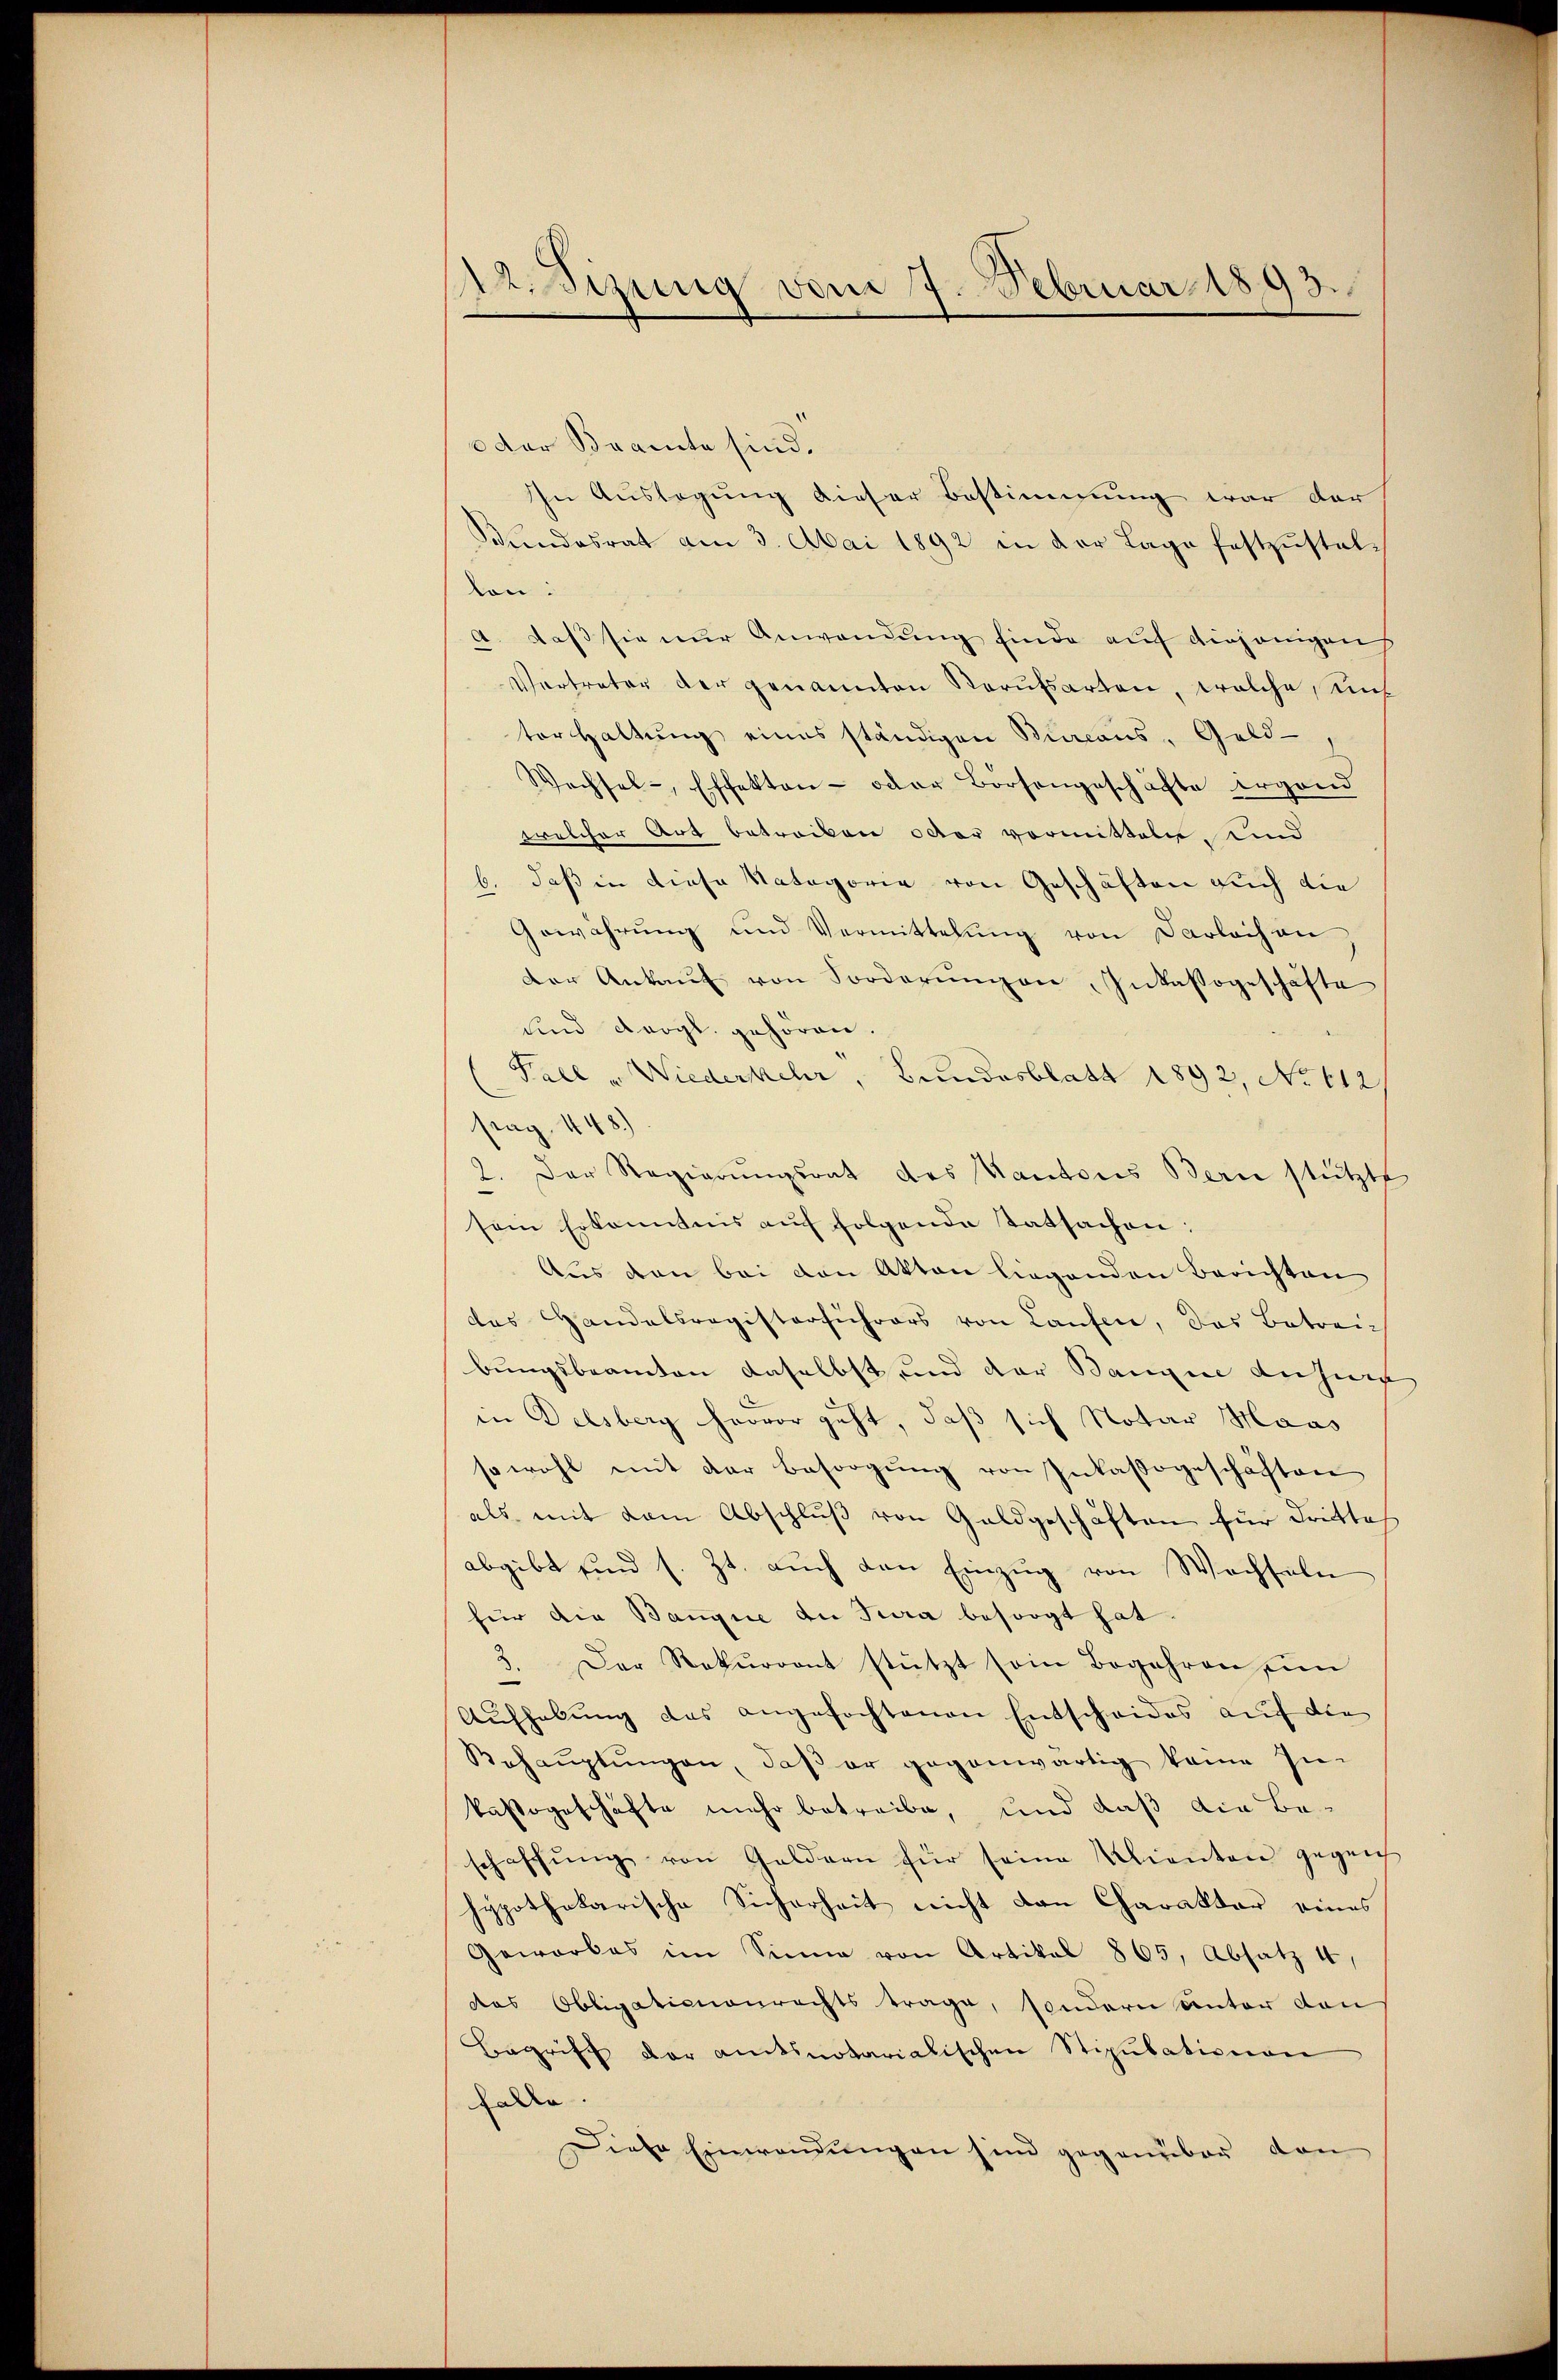
122. Sizung vom 7. Februar 1893.

0 der Bramte sind.
In Auslegung dieser Bestimmung war der
Stundesrat am 3. Mai 1892 in der Lage festzustellon:
A. daß sie nur Anwendung finde auf diejenigen
Vertreter der genannten Berufsarten, welche, Kuh
ter haltŭng eines ständigen Burcans, Geld-
Wechsel-, Effekten - oder Börsengeschäfte irgend
welcher Art betrocken oder vormitteln, und
b. daß in diese Kategorie von Geschäften auch die
Gewährung und Vermittelung von Darleihen
der Ankaŭf von Forderŭngen Inkassogeschäfte
und dergl. gehören.
Fall u Wiederkehr, Bundesblatt 1892, No 612
frag. 448.)
2. Der Regierŭngsrat des Kantons Bern stützte
sein Erkanntnis auf folgende tatsachen:
Aus den bei den Akten liegenden Berichten
das Handelsregisterfuhrers von Laufene, das Betreibungsbeamten daselbst und der Bangin Kuhner
in Delsberg hervor geht, daß sich Notar Maas
sowohl mit der Besorgŭng von Inkassageschäften
als mit dem Abschluß von Goldgeschäften für dritte
abgibt sind s. Zt. auch den Einzug von Wechseln
für die Banque du Jura besorgt hat.
3. Der Rekurront stützt sein Begehren ein
Aŭfhebung des angefochtenen Entscheides auf die
Behaŭptŭngen, daβ er gegenwärtig keine In-
kastogeschäfte mehr betreibe, und daß die Beschaffŭng von Geldern für seine Klienten gegen
hypothekarische Sicherheit nicht den Charakter eines
Geworbes im Sinne von Artikel 865, Absatz 4,
das Obligationenrechts trage, sondern unter den
Begriff der amtsnotarialischen Stipulationen
Kalle
Diese Einwendungen sind gegenüber den